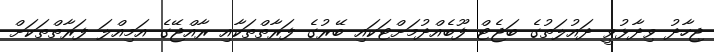
ޖިހާދު ވިދާޅުވީ ދައުލަތުގެ ބަޖެޓް ފޫބެއްދުމަށްޓަކައި ބޭރުގެ ފަރާތްތަކާއި ރާއްޖޭގެ އަމިއްލަ ފަރާތްތަކަށް